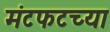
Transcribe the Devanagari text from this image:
मंटफटच्या